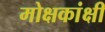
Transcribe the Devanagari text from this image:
मोक्षकांक्षी